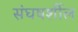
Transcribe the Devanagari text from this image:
संघषर्शील